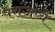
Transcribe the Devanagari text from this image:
परांजप्ये